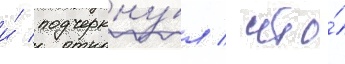
и́ подчеркну́л / что́